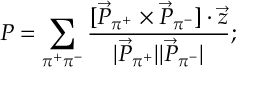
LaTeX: { \cal P } = \sum _ { \pi ^ { + } \pi ^ { - } } \frac { [ \vec { P } _ { \pi ^ { + } } \times \vec { P } _ { \pi ^ { - } } ] \cdot \vec { z } } { | \vec { P } _ { \pi ^ { + } } | | \vec { P } _ { \pi ^ { - } } | } ;